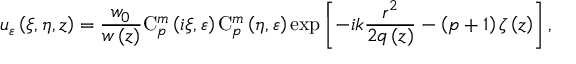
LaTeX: u _ { \varepsilon } \left( \xi , \eta , z \right) = { \frac { w _ { 0 } } { w \left( z \right) } } \mathrm { C } _ { p } ^ { m } \left( i \xi , \varepsilon \right) \mathrm { C } _ { p } ^ { m } \left( \eta , \varepsilon \right) \exp \left[ - i k { \frac { r ^ { 2 } } { 2 q \left( z \right) } } - \left( p + 1 \right) \zeta \left( z \right) \right] ,